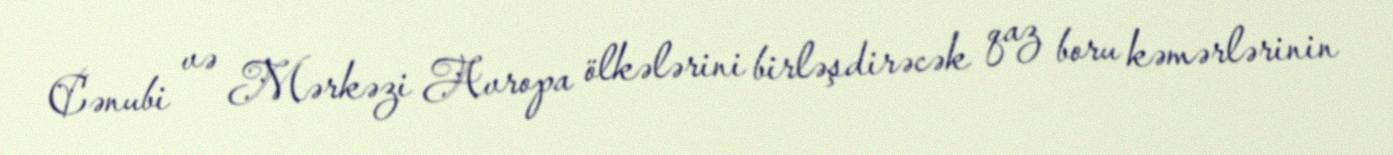
Cənubi və Mərkəzi Avropa ölkələrini birləşdirəcək qaz boru kəmərlərinin